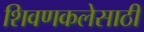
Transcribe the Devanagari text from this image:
शिवणकलेसाठी